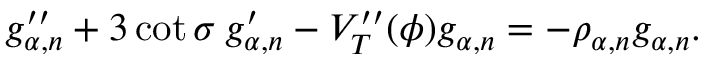
g _ { \alpha , n } ^ { \prime \prime } + 3 \cot \sigma \: g _ { \alpha , n } ^ { \prime } - V _ { T } ^ { \prime \prime } ( \phi ) g _ { \alpha , n } = - \rho _ { \alpha , n } g _ { \alpha , n } .